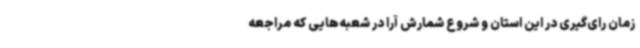
زمان رای‌گیری در این استان و شروع شمارش آرا در شعبه‌هایی که مراجعه